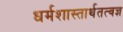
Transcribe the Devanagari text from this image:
धर्मशास्तार्थतत्वज्ञ